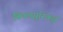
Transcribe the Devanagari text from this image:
विमलसूरिकृत